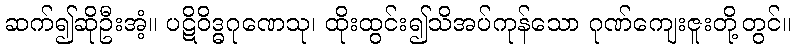
ဆက်၍ဆိုဦးအံ့။ ပဋိဝိဒ္ဓဂုဏေသု၊ ထိုးထွင်း၍သိအပ်ကုန်သော ဂုဏ်ကျေးဇူးတို့တွင်။